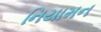
નિયામન